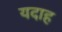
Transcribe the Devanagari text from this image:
यदाह